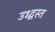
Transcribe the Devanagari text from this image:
उध्द्वस्त